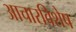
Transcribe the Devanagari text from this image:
आचारविशेष